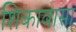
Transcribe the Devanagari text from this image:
शिकावासा